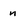
Character: n